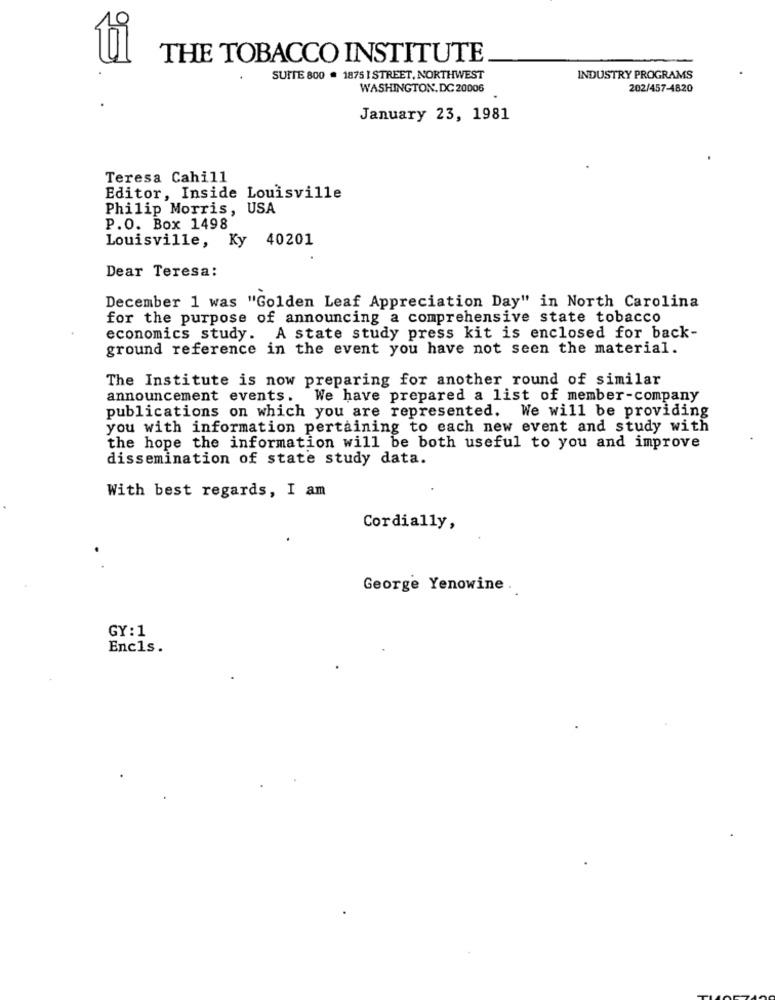
THE TOBACCO INSTITUTE
SUITE 800 . 1875 I STREET, NORTHWEST
INDUSTRY PROGRAMS
WASHINGTON, DC 20006
202/457-4820
January 23, 1981
Teresa Cahill
Editor, Inside Louisville
Philip Morris, USA
P.O. Box 1498
Louisville, Ky 40201
Dear Teresa:
December 1 was "Golden Leaf Appreciation Day" in North Carolina
for the purpose of announcing a comprehensive state tobacco
economics study. A state study press kit is enclosed for back-
ground reference in the event you have not seen the material.
The Institute is now preparing for another round of similar
announcement events. We have prepared a list of member-company
publications on which you are represented. We will be providing
you with information pertaining to each new event and study with
the hope the information will be both useful to you and improve
dissemination of state study data.
With best regards, I am
Cordially,
George Yenowine .
GY: 1
Encls .